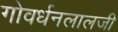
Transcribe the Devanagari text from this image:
गोवर्धनलालजी